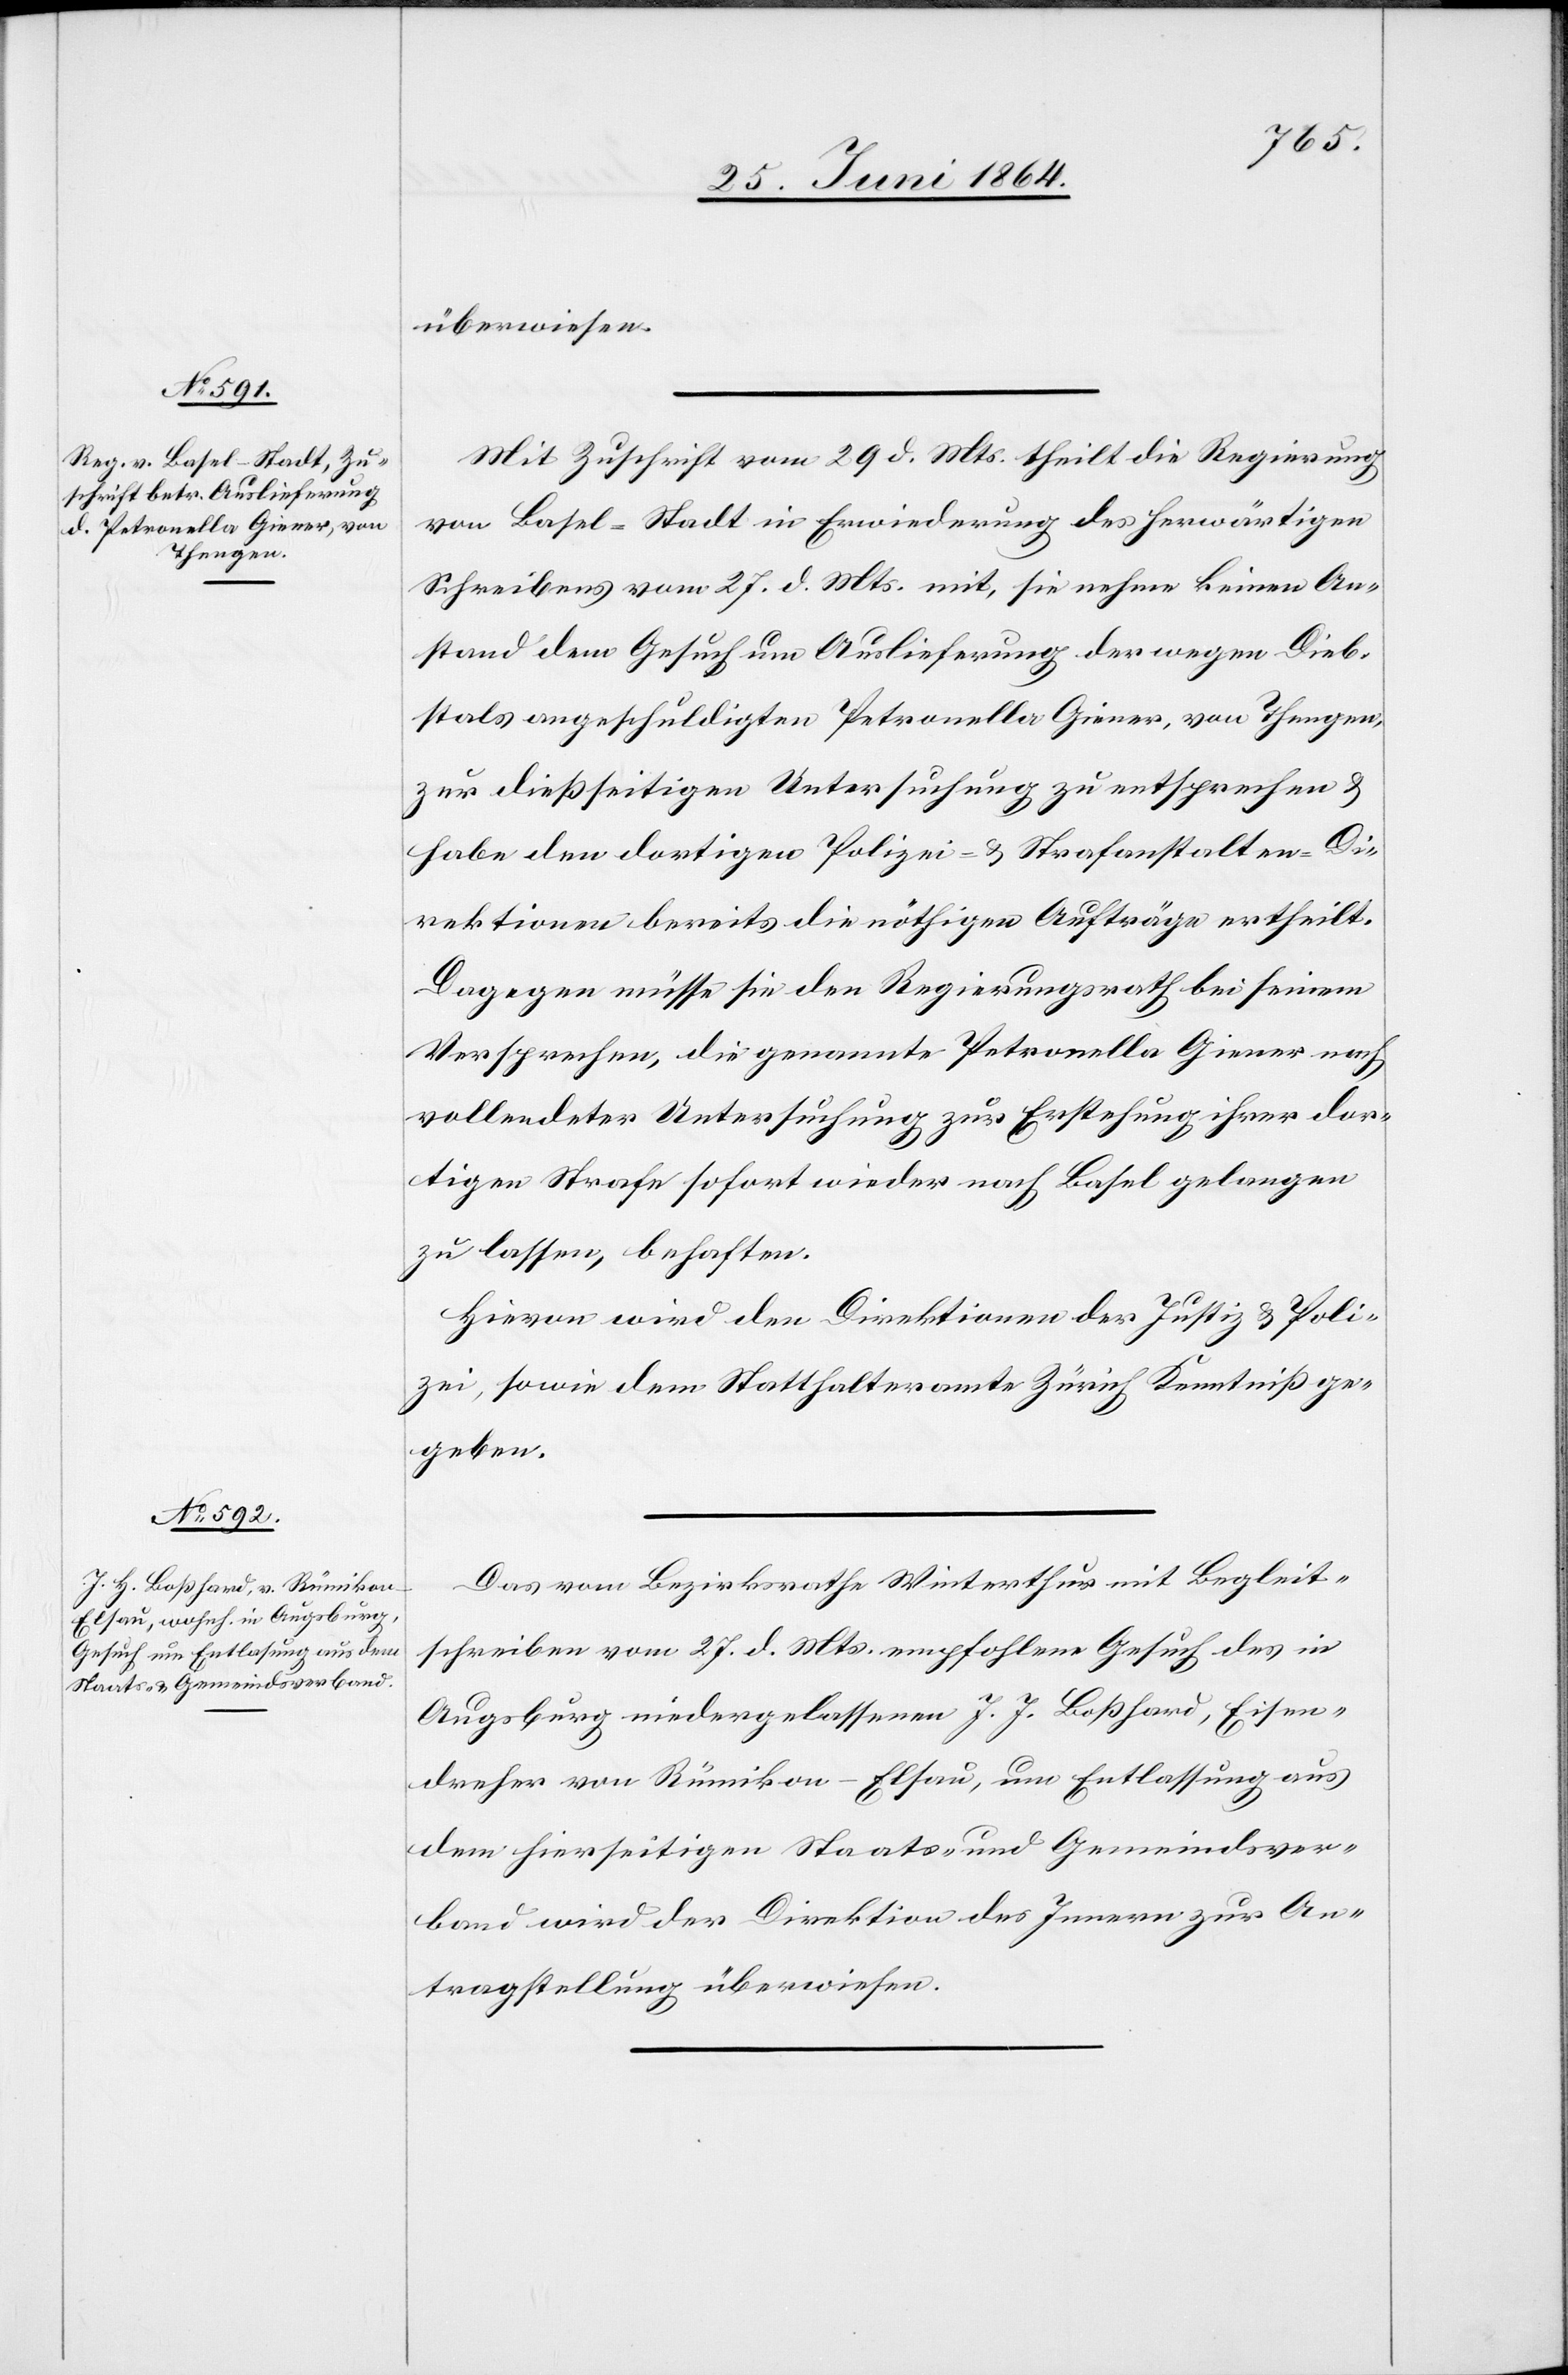
Thiengen],

überwiesen.
Mit Zuschrift vom 29. d. Mts. theilt die Regierung
von Basel-Stadt in Erwiederung des herwärtigen
Schreibens vom 27. d. Mts. mit, sie nehme keinen An¬
stand dem Gesuch um Auslieferung der wegen Dieb¬
stals angeschuldigten Petronella Giener, von Thengen
zur dießseitigen Untersuchung zu entsprechen u.
habe den dortigen Polizei- u. Strafanstalten-D¬
irektionen bereits die nöthigen Aufträge ertheilt.
Dagegen müsse sie den Regierungsrath bei seinem
Versprechen, die genannte Petronella Giener nach
vollendeter Untersuchung zur Erstehung ihrer dor¬
tigen Strafe sofort wieder nach Basel gelangen
zu lassen, behaften.
Hievon wird den Direktionen der Justiz u. Poli¬
zei, sowie dem Statthalteramte Zürich Kenntniß ge¬
geben.
Das vom Bezirksrathe Winterthur mit Begleit¬
schreiben vom 27. d. Mts. empfohlene Gesuch des in
Augsburg niedergelassenen J. J. Boßhard [sic!], Eisen¬
dreher von Rümikon-Elsau, um Entlassung aus
dem hierseitigen Staats- und Gemeindsver¬
band wird der Direktion des Innern zur An¬
tragstellung überwiesen.